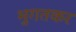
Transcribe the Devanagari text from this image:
भुगतकर